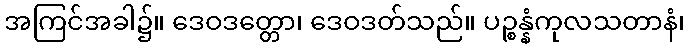
အကြင်အခါ၌။ ဒေဝဒတ္တော၊ ဒေဝဒတ်သည်။ ပဉ္စန္နံကုလသတာနံ၊